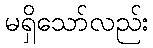
မရှိသော်လည်း